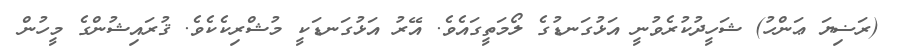
(ރަޟިޔަ ޢަންހު) ޝަހީދުކުރެވުނީ އަޅުގަނޑުގެ ލޯމަތީގައެވެ. އޭރު އަޅުގަނޑަކީ މުޝްރިކެކެވެ. ޤުރައިޝުންގެ މީހުން